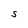
Character: S